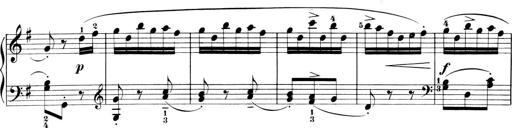
Title: 6 Piano Sonatinas
Composer: Cornelius Gurlitt